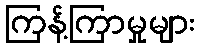
ကြန့်ကြာမှုများ